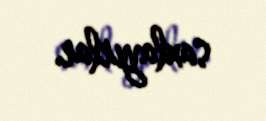
saxlayırlar.